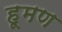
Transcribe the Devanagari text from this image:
हूमण